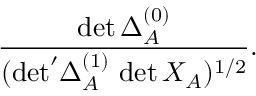
\frac { \operatorname * { d e t } \Delta _ { A } ^ { ( 0 ) } } { ( { \operatorname * { d e t } } ^ { \prime } \Delta _ { A } ^ { ( 1 ) } \, \operatorname * { d e t } X _ { A } ) ^ { 1 / 2 } } .